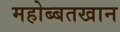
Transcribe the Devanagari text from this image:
महोब्बतखान